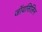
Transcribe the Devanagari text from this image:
जॉयसिलिन